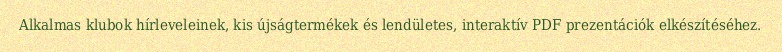
Alkalmas klubok hírleveleinek, kis újságtermékek és lendületes, interaktív PDF prezentációk elkészítéséhez.